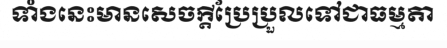
ទាំងនេះមានសេចក្តីប្រែប្រួលទៅជាធម្មតា